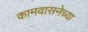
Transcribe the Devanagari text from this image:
कामवासनेच्या